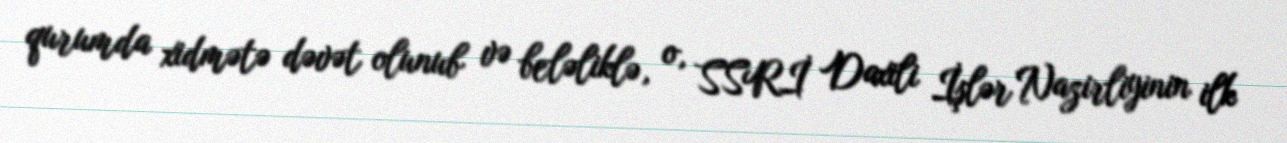
qurumda xidmətə dəvət olunub və beləliklə, o, SSRİ Daxili İşlər Nazirliyinin ilk